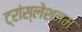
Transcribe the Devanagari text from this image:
ट्रांस्लेशनम